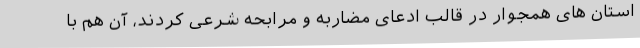
استان های همجوار در قالب ادعای مضاربه و مرابحه شرعی کردند، آن هم با